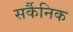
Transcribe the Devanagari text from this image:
सर्कैनिक